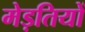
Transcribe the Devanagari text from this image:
मेड़तियों